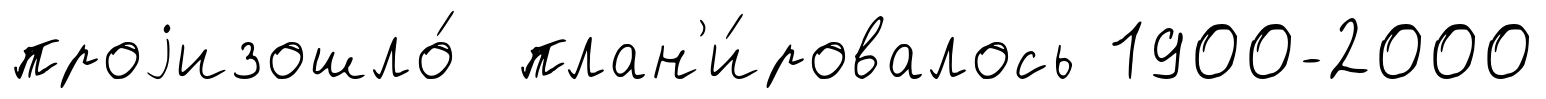
проjизошло́ план'и́ровалось 1900-2000